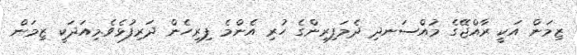
ޒިމަން އަކީ ރާއްޖޭގެ މުއްސަނދި ދެމަފިރިންގެ ހުރި އެންމެ ފިރިހެން ދަރިފުޅެވެ.މިއަދަކީ ޒިމަން